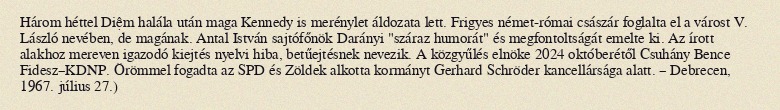
Három héttel Diệm halála után maga Kennedy is merénylet áldozata lett. Frigyes német-római császár foglalta el a várost V. László nevében, de magának. Antal István sajtófőnök Darányi "száraz humorát" és megfontoltságát emelte ki. Az írott alakhoz mereven igazodó kiejtés nyelvi hiba, betűejtésnek nevezik. A közgyűlés elnöke 2024 októberétől Csuhány Bence Fidesz–KDNP. Örömmel fogadta az SPD és Zöldek alkotta kormányt Gerhard Schröder kancellársága alatt. – Debrecen, 1967. július 27.)